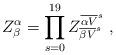
LaTeX: \begin{align*} Z^\alpha_\beta=\prod_{s=0}^{19} Z^{{\overline {\alpha V}}^s}_{{\overline {\beta V}}^s}~,\end{align*}